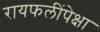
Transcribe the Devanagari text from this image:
रायफलींपेक्षा